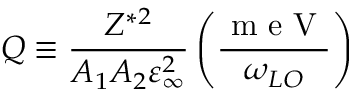
Q \equiv \frac { Z ^ { \ast 2 } } { A _ { 1 } A _ { 2 } \varepsilon _ { \infty } ^ { 2 } } \left( \frac { \mathrm { ~ m ~ e ~ V ~ } } { \omega _ { L O } } \right)